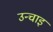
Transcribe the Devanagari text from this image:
उन्चाइ